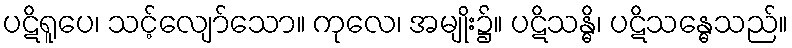
ပဋိရူပေ၊ သင့်လျော်သော။ ကုလေ၊ အမျိုး၌။ ပဋိသန္ဓိ၊ ပဋိသန္ဓေသည်။